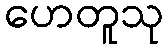
ဟေတူသု